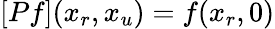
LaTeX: [Pf](x_{r},x_{u})=f(x_{r},0)